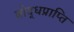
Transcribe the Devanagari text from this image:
बोद्धप्राप्ति